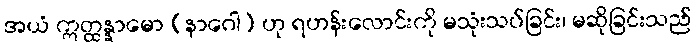
အယံ ဣတ္ထန္နာမော (နာဂေါ) ဟု ရဟန်းလောင်းကို မသုံးသပ်ခြင်း၊ မဆိုခြင်းသည်